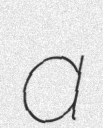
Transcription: a